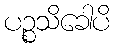
ပဉ္စသိခေါပိ